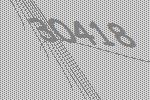
30418